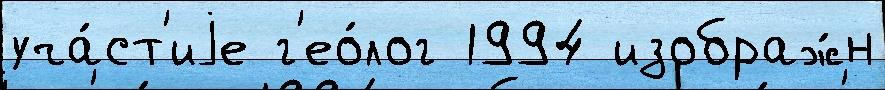
уча́ст'иjе г'ео́лог 1994 изображ́н